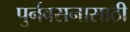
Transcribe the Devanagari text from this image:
पुर्नवसनासाठी